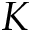
K